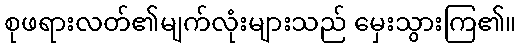
စုဖရားလတ်၏မျက်လုံးများသည် မှေးသွားကြ၏။